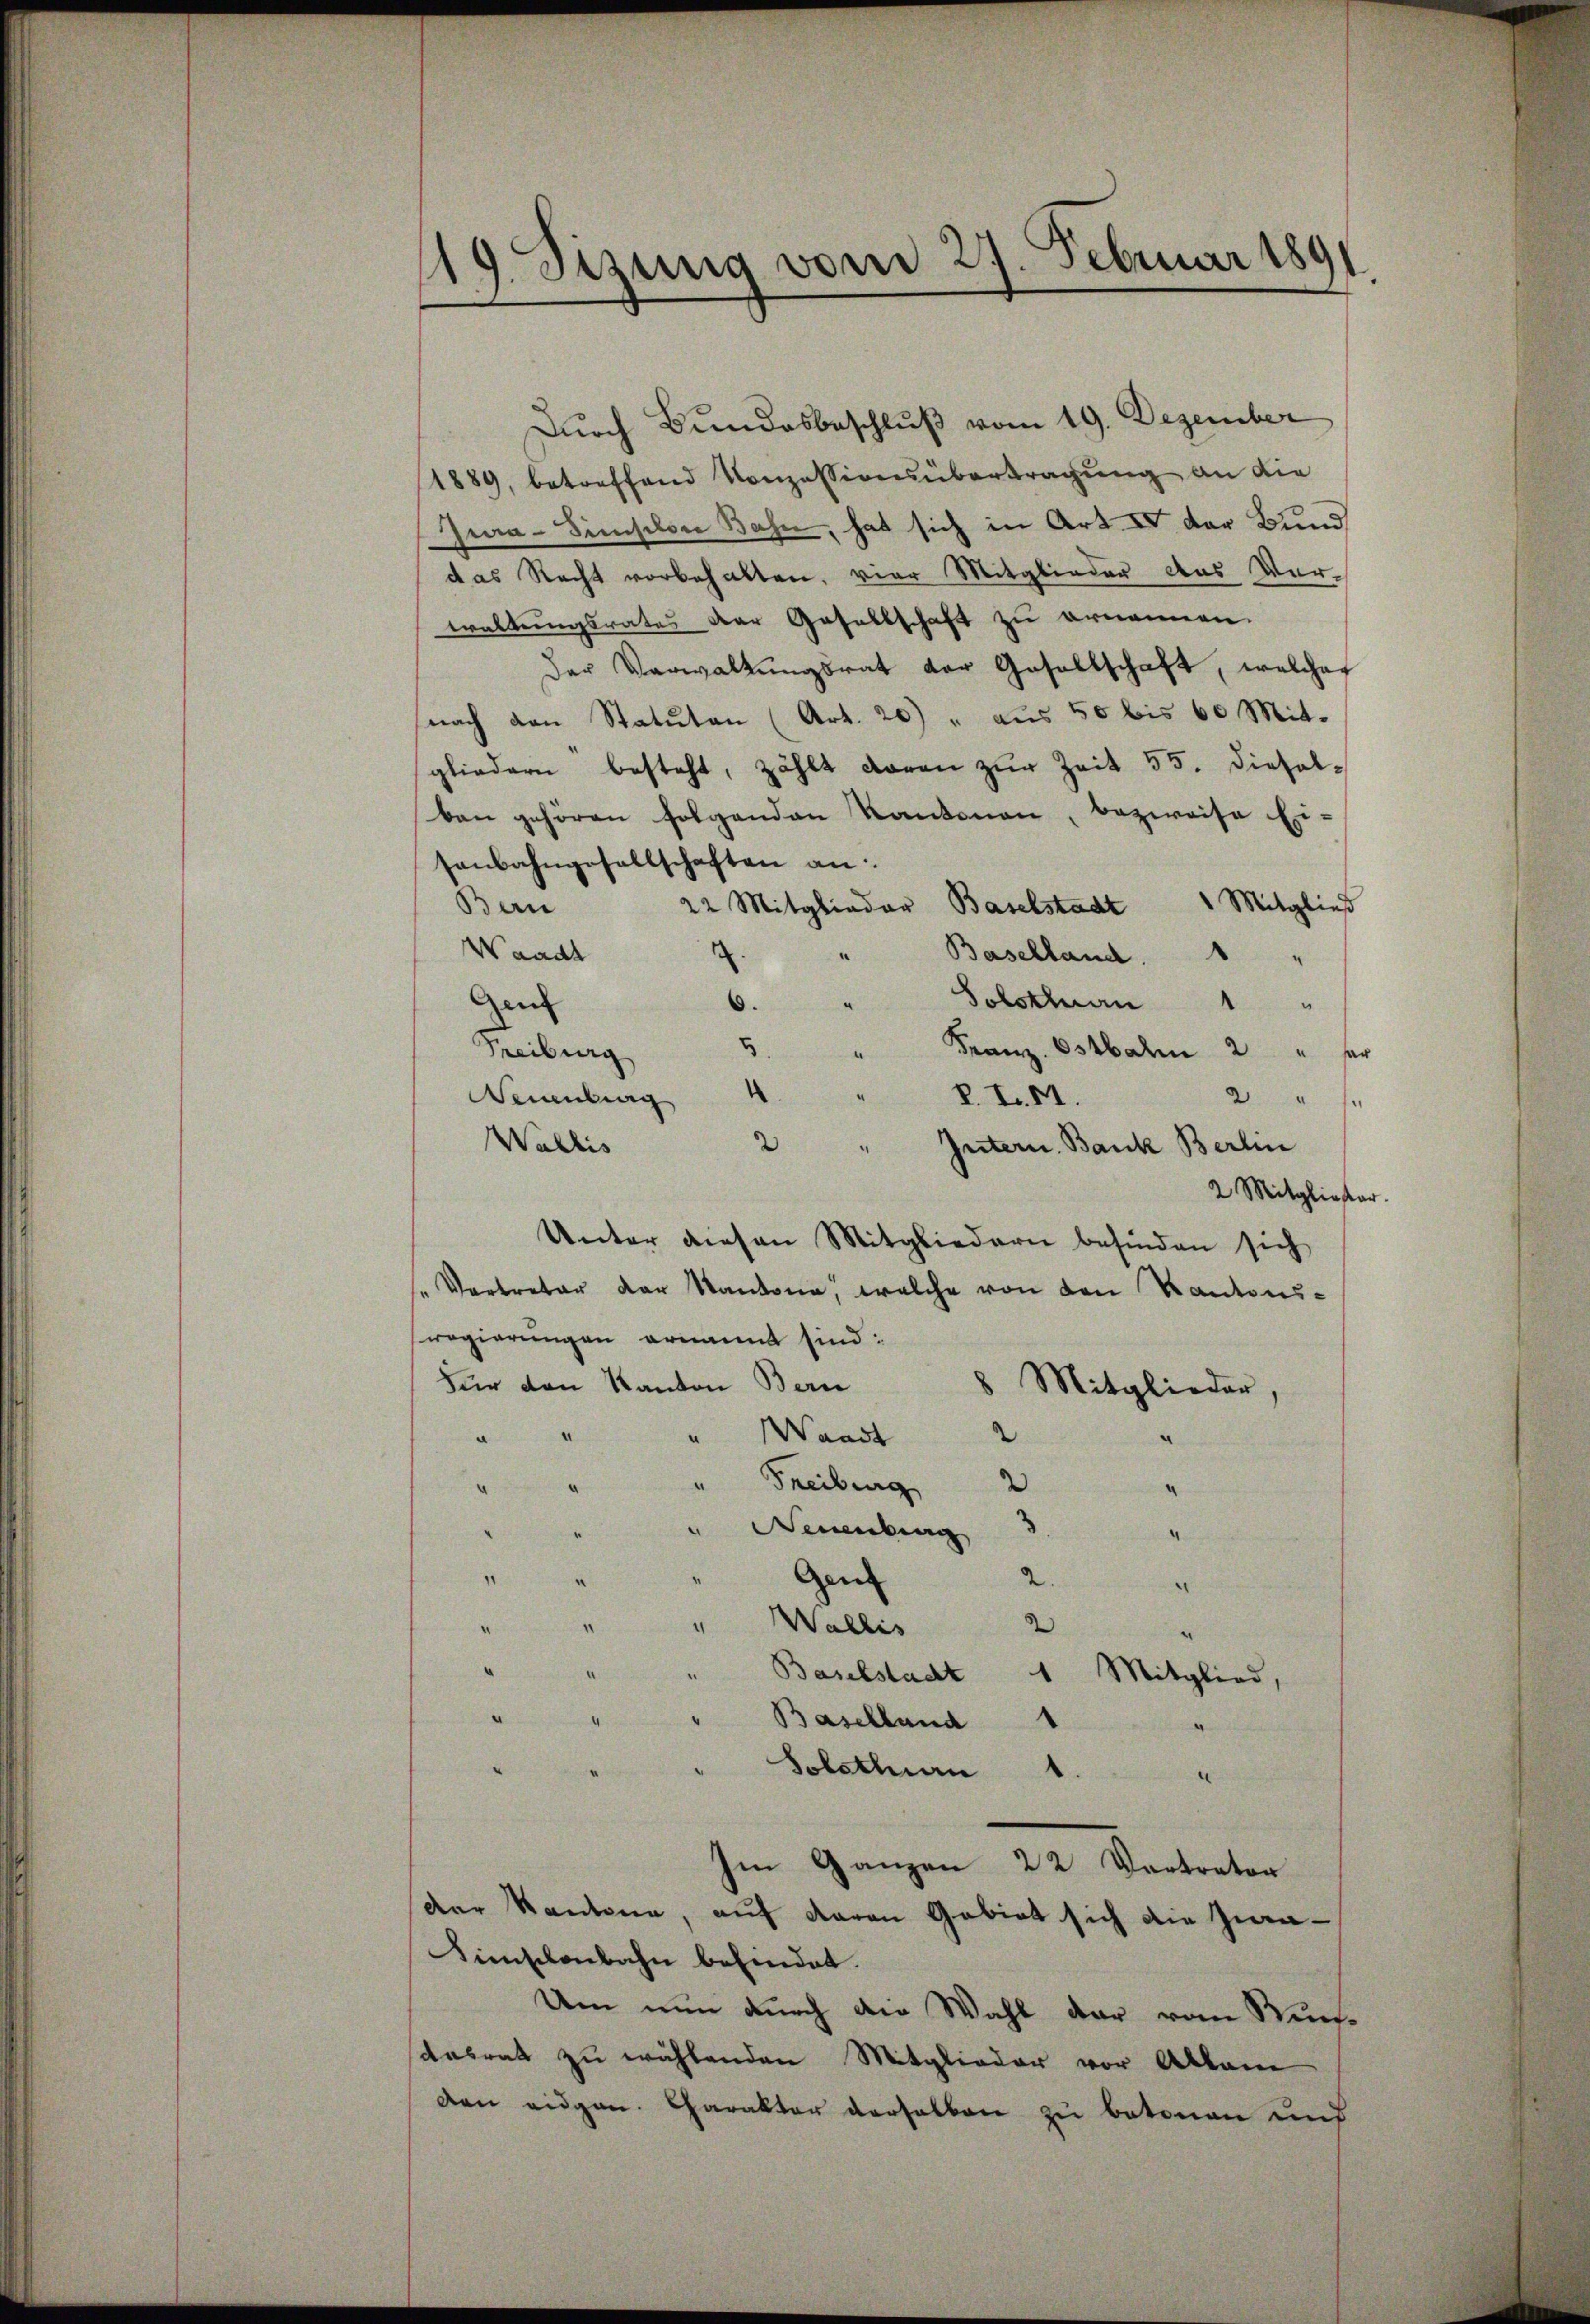
19. Sitzung vom 27. Februar 189
)

Durch Bundesbeschluß vom 19. Dezember
1889, betreffend Konzessionsübertragŭng an die
Jua-Sinischon Bahn, hat sich in Art. IV der Bund
das Recht vorbehalten, vier Mitglieder das Verwaltungsrates der Gesellschaft zu ernennen.
der Verwaltŭngsrat der Gesellschaft, welcher
nach den Statuten (Art. 20) " aus 50 bis 60 Mit-
gliedern besteht, zählt daran zŭr Zeit 55. Diesel-
ben gehören folgenden Kantonen, bezweise Eisenbahngesellschaften an:
 Mitgließ
Ban
22 Mitglieder Baselstadt
Waadt
¬
Baselland.
“
4
.
Solothurn
2
.
.
dem
6.
3
Franz. Ostbahn 2 "
Freiburg
e
P. L. 11.
Webing
2 " 1
2
Wallis
Intern. Bank Berlin
.
2 Mitgliefer
Unter diesen Mitgliedern befinden sich
" Vertreter der Kantone, welche von den Kantons-
regierungen ernannt sind:
Für den Kanton Bern
8 Mitglieder
2
Waadt
a
Freiburg
“
“
.
" Neuenburg
4
1
Gen
2
2.
“
¬
Wallis
4
2
.
" Baselstadt
Mitglied,
" Baselland 1
.
Solothurn
.
e
Im Ganzen 22 Vortrator
der Kantone, auf davon Gebiet sich die Zwa¬
Simschenbahn befindet.
Um nun durch die Wahl der vom Weisdesrat zu wählenden Mitglieder vor Allem
den eidgen. Charakter verselben zu betonen und